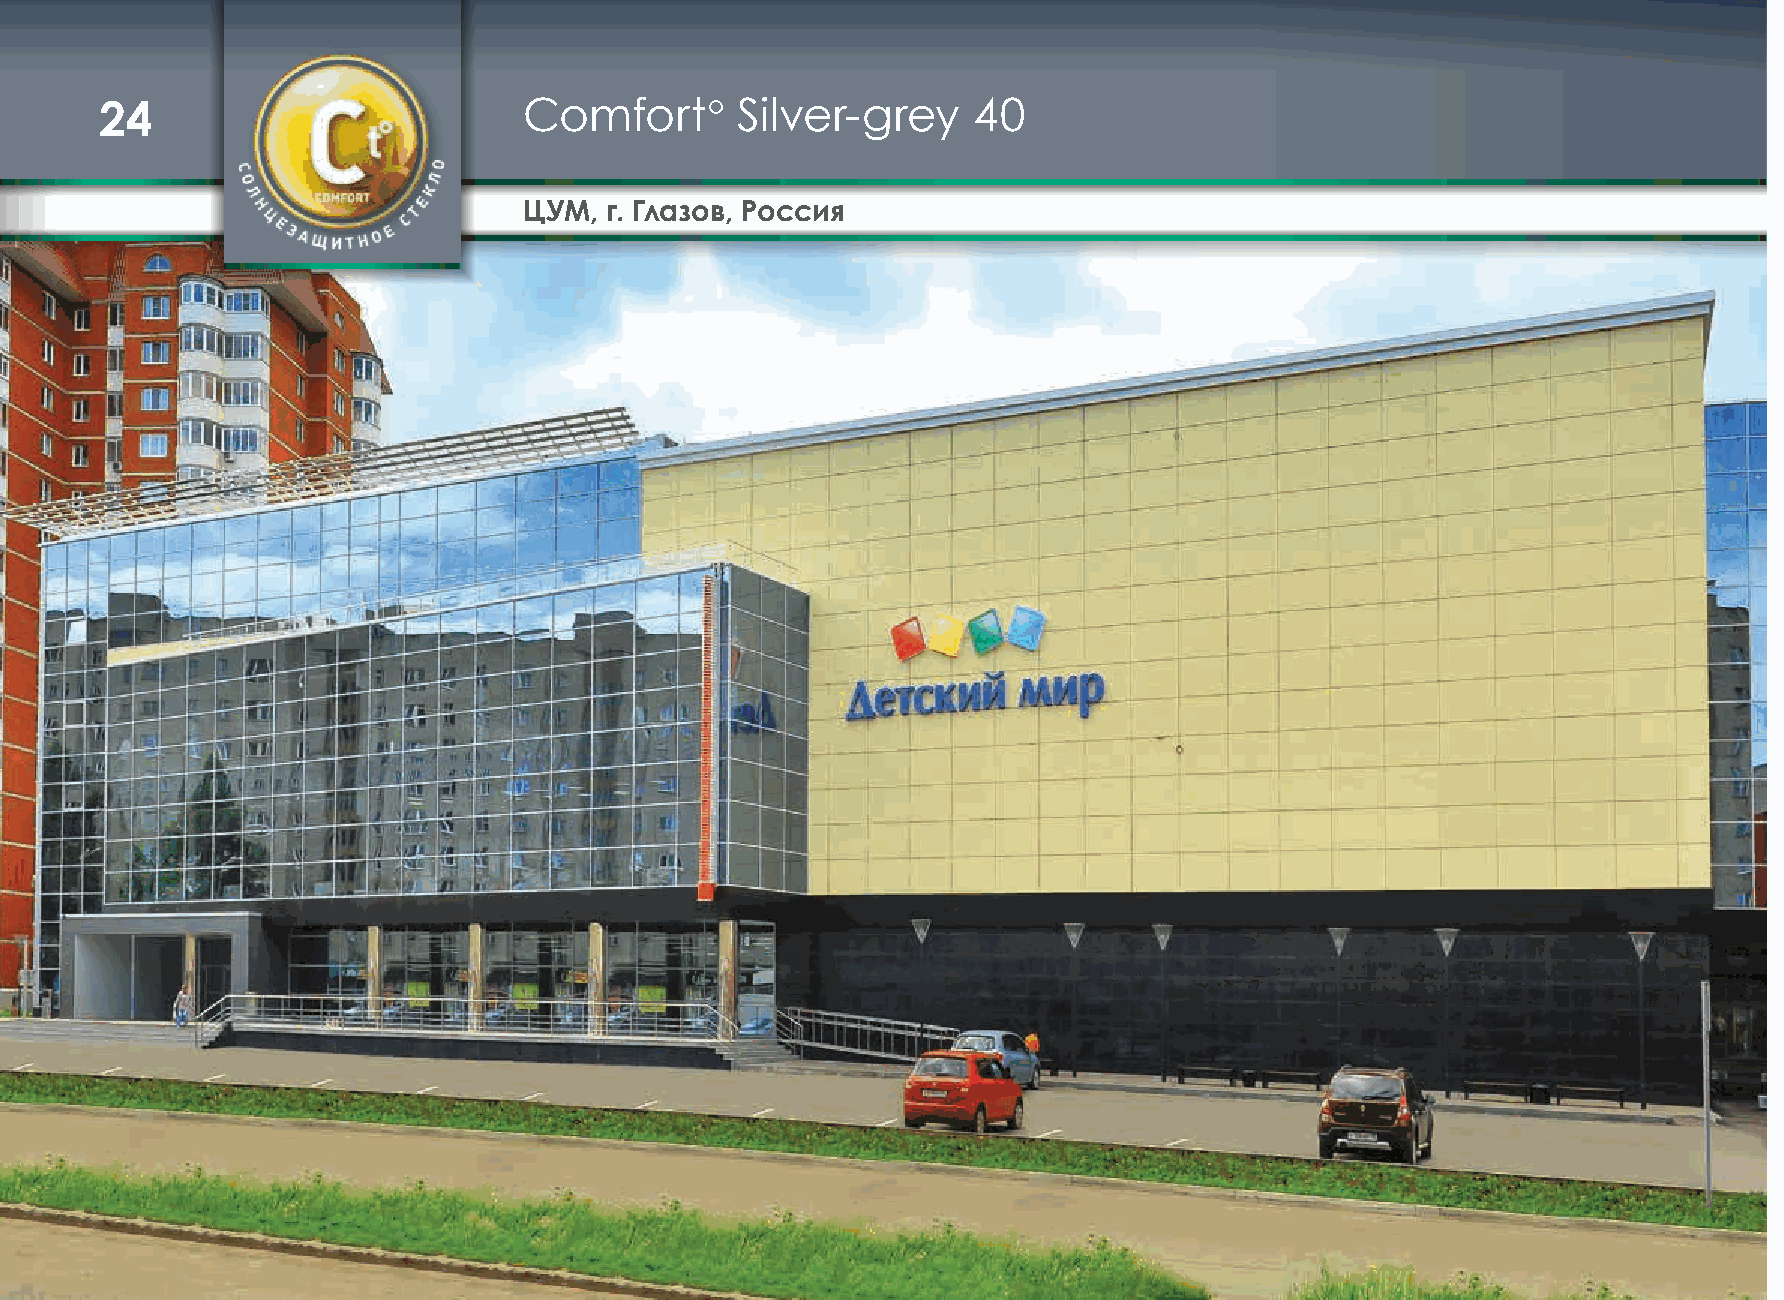
24                          Comfort°      Silver-grey    40
 ЦУМ, г. Глазов, Россия